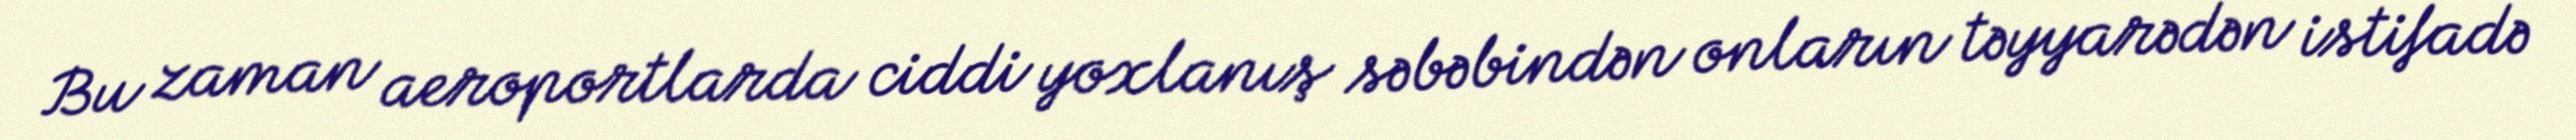
Bu zaman aeroportlarda ciddi yoxlanış səbəbindən onların təyyarədən istifadə